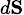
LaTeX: \scriptstyle d\mathbf{S}